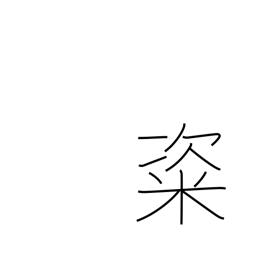
Meaning: rice cakes